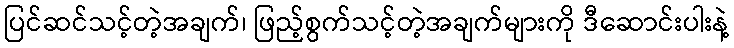
ပြင်ဆင်သင့်တဲ့အချက်၊ ဖြည့်စွက်သင့်တဲ့အချက်များကို ဒီဆောင်းပါးနဲ့